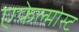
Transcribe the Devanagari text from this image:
एफेल्मोस्ट